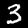
Digit: 3